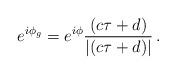
LaTeX: \begin{align*}e^{i\phi _g}=e^{i\phi }\frac{\left( c\tau +d\right) }{\left| \left( c\tau+d\right) \right| }\,.\end{align*}